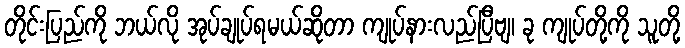
တိုင်းပြည်ကို ဘယ်လို အုပ်ချုပ်ရမယ်ဆိုတာ ကျုပ်နားလည်ပြီဗျ၊ ခု ကျုပ်တို့ကို သူတို့